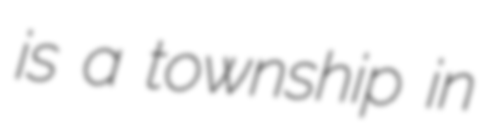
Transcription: is a township in